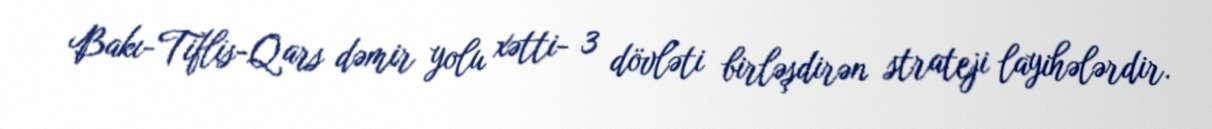
Bakı-Tiflis-Qars dəmir yolu xətti- 3 dövləti birləşdirən strateji layihələrdir.